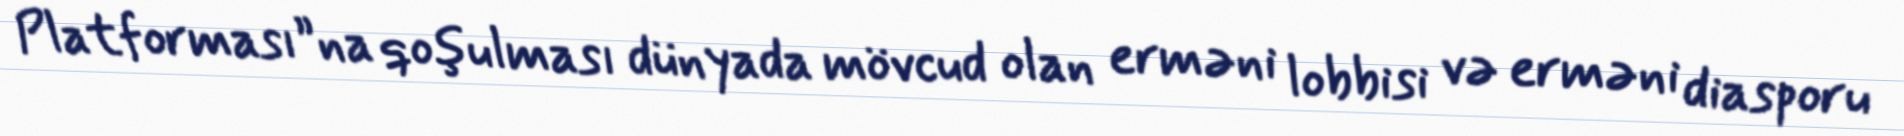
Platforması”na qoşulması dünyada mövcud olan erməni lobbisi və erməni diasporu